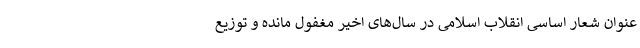
عنوان شعار اساسی انقلاب اسلامی در سال‌های اخیر مغفول مانده و توزیع